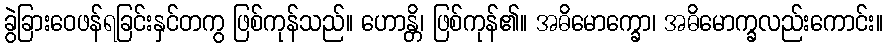
ခွဲခြားဝေဖန်ရခြင်းနှင်တကွ ဖြစ်ကုန်သည်။ ဟောန္တိ၊ ဖြစ်ကုန်၏။ အဓိမောက္ခော၊ အဓိမောက္ခလည်းကောင်း။